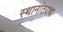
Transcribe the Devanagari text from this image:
स्थानांतराचा